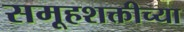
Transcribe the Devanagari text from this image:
समूहशक्तीच्या